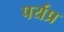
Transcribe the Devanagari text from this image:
पर्यप्र